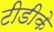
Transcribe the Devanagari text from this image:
टीडीके